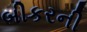
બીકરની